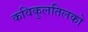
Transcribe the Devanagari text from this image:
कविकुलतिलको